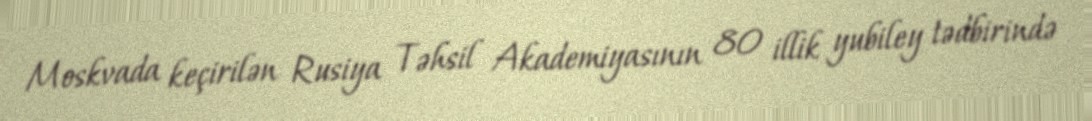
Moskvada keçirilən Rusiya Təhsil Akademiyasının 80 illik yubiley tədbirində